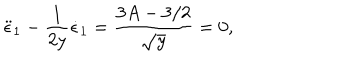
LaTeX: \ddot { \epsilon } _ { 1 } - \frac { 1 } { 2 y } \dot { \epsilon } _ { 1 } = \frac { 3 A - 3 / 2 } { \sqrt { y } } = 0 ,